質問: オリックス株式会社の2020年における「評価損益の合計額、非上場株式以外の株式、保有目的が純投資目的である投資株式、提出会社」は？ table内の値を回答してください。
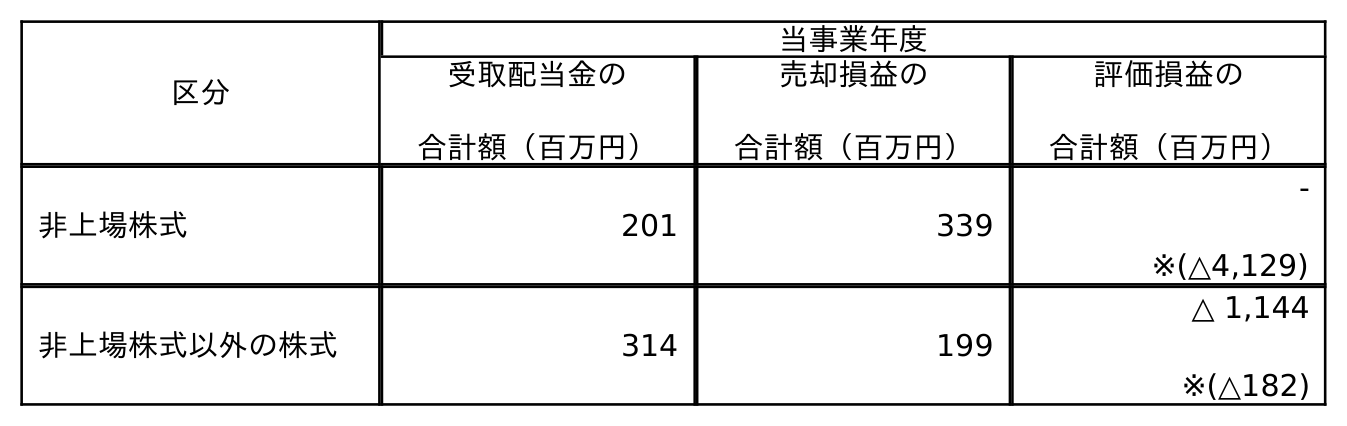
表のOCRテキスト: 区分 当事業年度 受取配当金の 合計額（百万円） 売却損益の 合計額（百万円） 評価損益の 合計額（百万円） 非上場株式 201 339 - ※(△4,129) 非上場株式以外の株式 314 199 △ 1,144 ※(△182)
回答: △1,144※(△182)